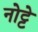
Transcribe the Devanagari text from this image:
नोट्टे